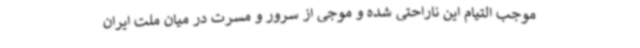
موجب التیام این ناراحتی شده و موجی از سرور و مسرت در میان ملت ایران